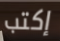
إكتب